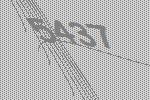
5437